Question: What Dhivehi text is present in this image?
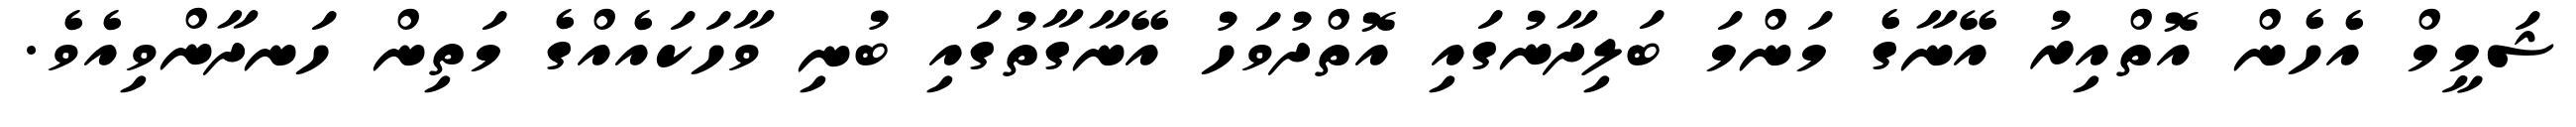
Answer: ޝަމީމް އެހެން އޮތްއިރު އޭނާގެ މަންމަ ބަލިދާނުގައި އޮތްދުވަހު އޭނާގާތުގައި ބުނި ވާހަކައެއްގެ މަތިން ހަނދާންވިއެވެ.